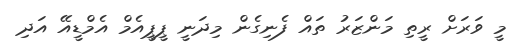
މީ ވަރަށް ރީތި މަންޒަރު ތައް ފެނިގެން މިދަނީ ޕީޕީއެމް އެމްޑީއޭ އަދި